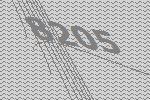
8205